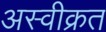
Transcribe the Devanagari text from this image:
अस्वीक्रत